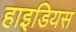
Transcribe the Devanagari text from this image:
हाइडियस